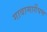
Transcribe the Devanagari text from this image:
गावामार्गेपण